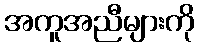
အကူအညီများကို